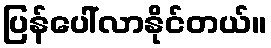
ပြန်ပေါ်လာနိုင်တယ်။